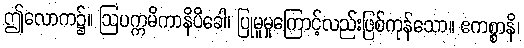
ဤလောက၌။ ဩပက္ကမိကာနိပိခေါ၊ ပြုမူမှုကြောင့်လည်းဖြစ်ကုန်သော။ ဧကစ္စာနိ၊